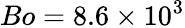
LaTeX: Bo=8.6\times 10^{3}